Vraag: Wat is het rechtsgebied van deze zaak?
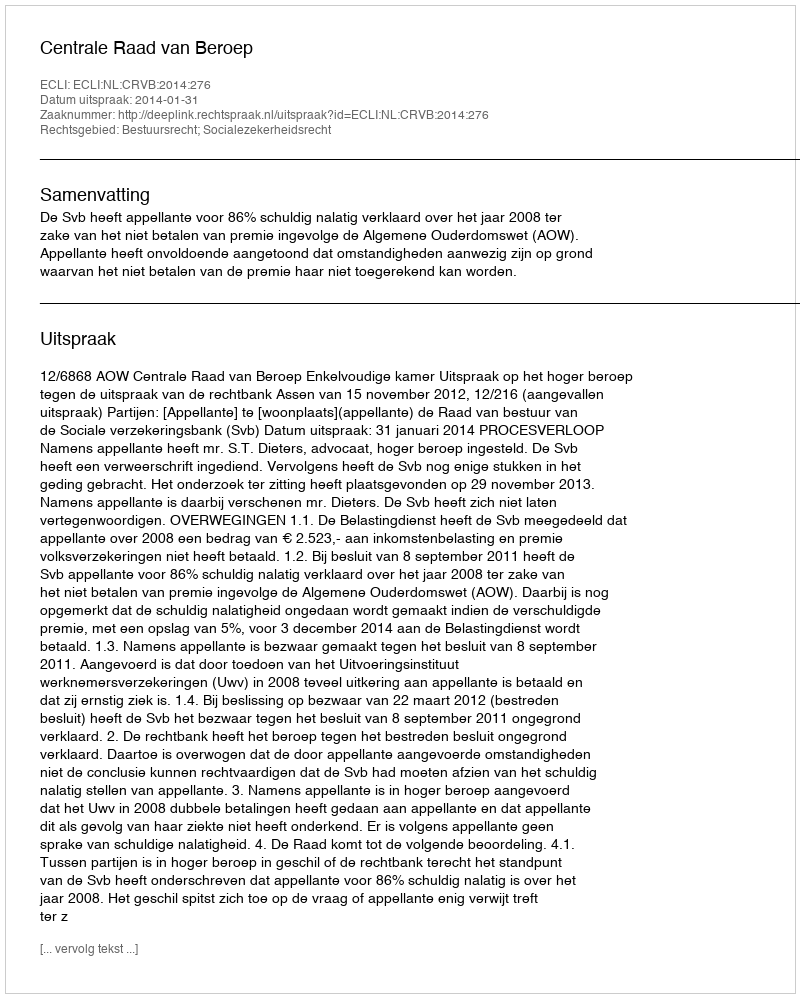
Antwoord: Bestuursrecht; Socialezekerheidsrecht